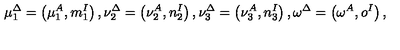
\mu _ { 1 } ^ { \Delta } = \left( \mu _ { 1 } ^ { A } , m _ { 1 } ^ { I } \right) , \nu _ { 2 } ^ { \Delta } = \left( \nu _ { 2 } ^ { A } , n _ { 2 } ^ { I } \right) , \nu _ { 3 } ^ { \Delta } = \left( \nu _ { 3 } ^ { A } , n _ { 3 } ^ { I } \right) , \omega ^ { \Delta } = \left( \omega ^ { A } , o ^ { I } \right) ,